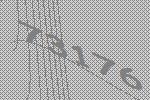
73176